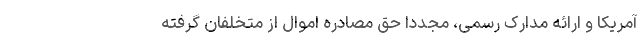
آمریکا و ارائه مدارک رسمی، مجدداً حق مصادره اموال از متخلفان گرفته